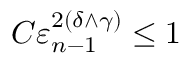
C \varepsilon _ { n - 1 } ^ { 2 ( \delta \wedge \gamma ) } \leq 1